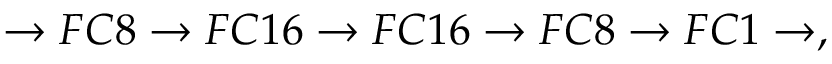
\rightarrow F C 8 \rightarrow F C 1 6 \rightarrow F C 1 6 \rightarrow F C 8 \rightarrow F C 1 \rightarrow ,